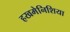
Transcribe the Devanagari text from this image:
हखमेनिशिया